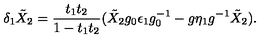
\delta _ { 1 } \tilde { X } _ { 2 } = { \frac { t _ { 1 } t _ { 2 } } { 1 - t _ { 1 } t _ { 2 } } } ( \tilde { X } _ { 2 } g _ { 0 } \epsilon _ { 1 } g _ { 0 } ^ { - 1 } - g \eta _ { 1 } g ^ { - 1 } \tilde { X } _ { 2 } ) .